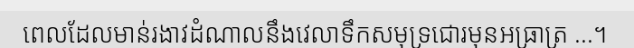
ពេលដែលមាន់រងាវដំណាលនឹងវេលាទឹកសមុទ្រជោរមុនអធ្រាត្រ ...។